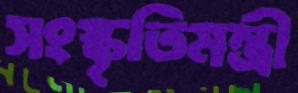
সংস্কৃতিমন্ত্রী